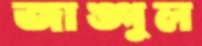
জাঙ্গুল